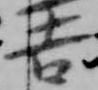
吉